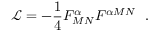
\mathcal { L } = - \frac { 1 } { 4 } F _ { M N } ^ { \alpha } F ^ { \alpha M N } ~ ~ .